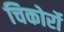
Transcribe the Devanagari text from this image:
चिकोर्रो